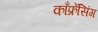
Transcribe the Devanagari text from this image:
काँफ्रेंसिंग